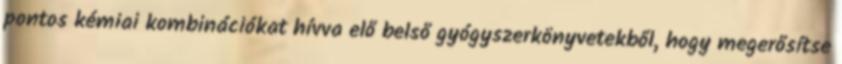
pontos kémiai kombinációkat hívva elő belső gyógyszerkönyvetekből, hogy megerősítse